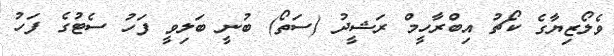
ވެލޯޒިޔާގެ ކޯޗު އިބްރާހީމް ރަޝީދު (ސަތޯ) ބުނީ ބަލިވީ ފަހު ސެޓުގެ ފަހު